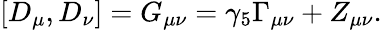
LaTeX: [D_{\mu},D_{\nu}]=G_{\mu\nu}=\gamma_{5}\Gamma_{\mu\nu}+Z_{\mu\nu}.